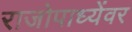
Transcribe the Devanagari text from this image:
राजोपाध्येंवर